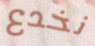
نخدع